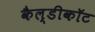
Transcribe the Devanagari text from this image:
कैल्डीकॉट